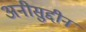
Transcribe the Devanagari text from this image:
अनीसुद्दीन